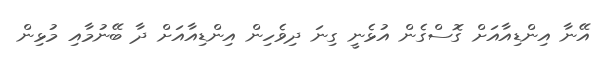
އޭނާ އިންޑިއާއަށް ގޮސްގެން އުޅެނީ ގިނަ ދިވެހިން އިންޑިއާއަށް ދާ ބޭނުމާއި މުޅިން